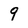
Character: 9